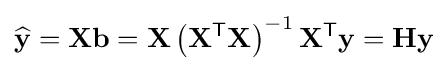
\mathbf {\widehat {y}} =\mathbf {X} \mathbf {b} =\mathbf {X} \left(\mathbf {X} ^{\mathsf {T}}\mathbf {X} \right)^{-1}\mathbf {X} ^{\mathsf {T}}\mathbf {y} =\mathbf {H} \mathbf {y}